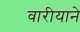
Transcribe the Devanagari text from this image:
वारीयाने